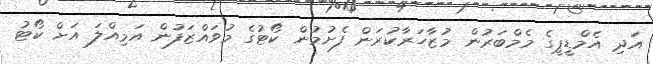
އަދި އެމްޑީޕީގެ މެމްބަރުން މުޒާހަރާކުރަން ފެށުމުން ކޯޓުގެ މުވައްޒަފުން އަމިއްލަ އަށް ކޯޓު